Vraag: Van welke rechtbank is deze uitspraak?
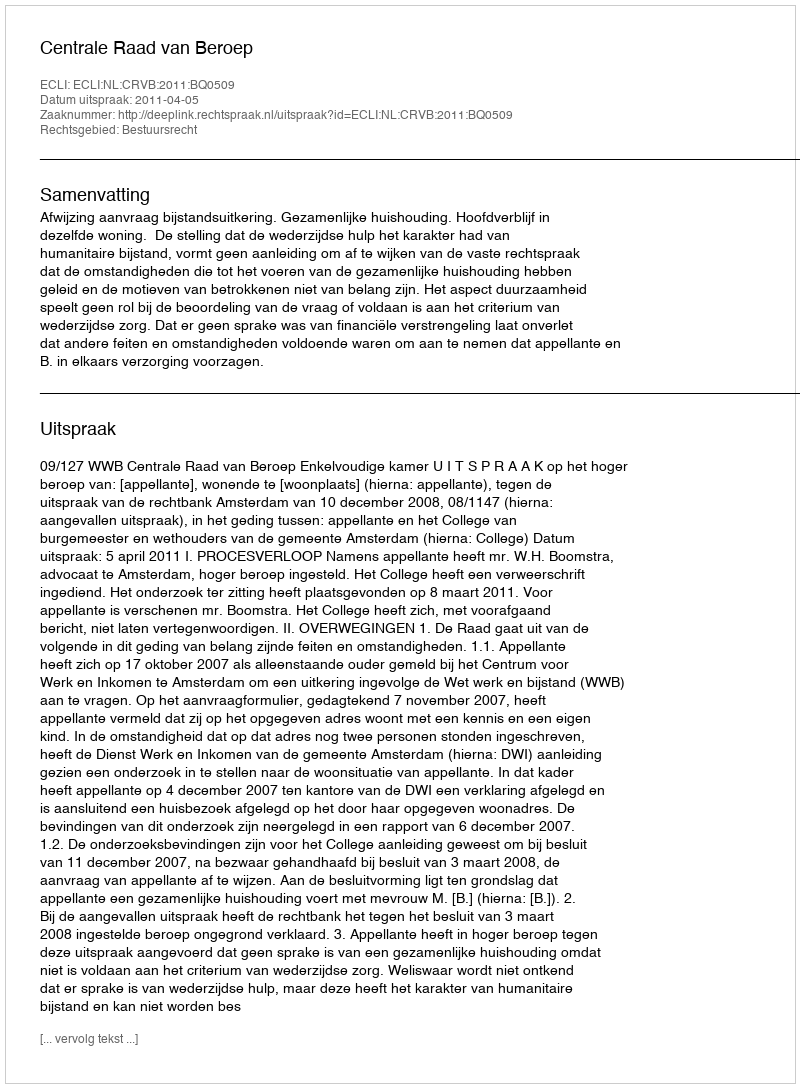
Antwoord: Centrale Raad van Beroep